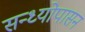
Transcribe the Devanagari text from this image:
सन्ध्याेपासन